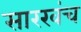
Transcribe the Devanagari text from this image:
सारखंच